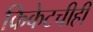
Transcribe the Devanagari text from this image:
क्रिकेटचीही